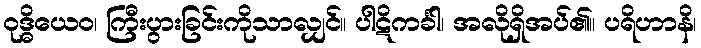
ဝုဒ္ဓိယေဝ၊ ကြီးပွားခြင်းကိုသာလျှင်။ ပါဋိကင်္ခါ၊ အလိုရှိအပ်၏။ ပရိဟာနိ၊